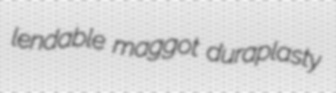
lendable maggot duraplasty